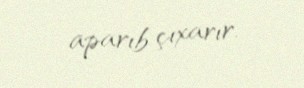
aparıb çıxarır.